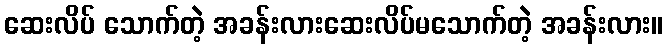
ဆေးလိပ် သောက်တဲ့ အခန်းလားဆေးလိပ်မသောက်တဲ့ အခန်းလား။